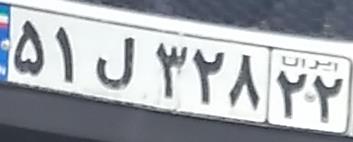
۵۱ل۳۲۸۲۲